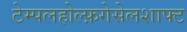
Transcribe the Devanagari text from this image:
टेम्पलहोल्फ़गेसेलशाफ्ट